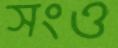
সংও